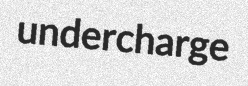
undercharge